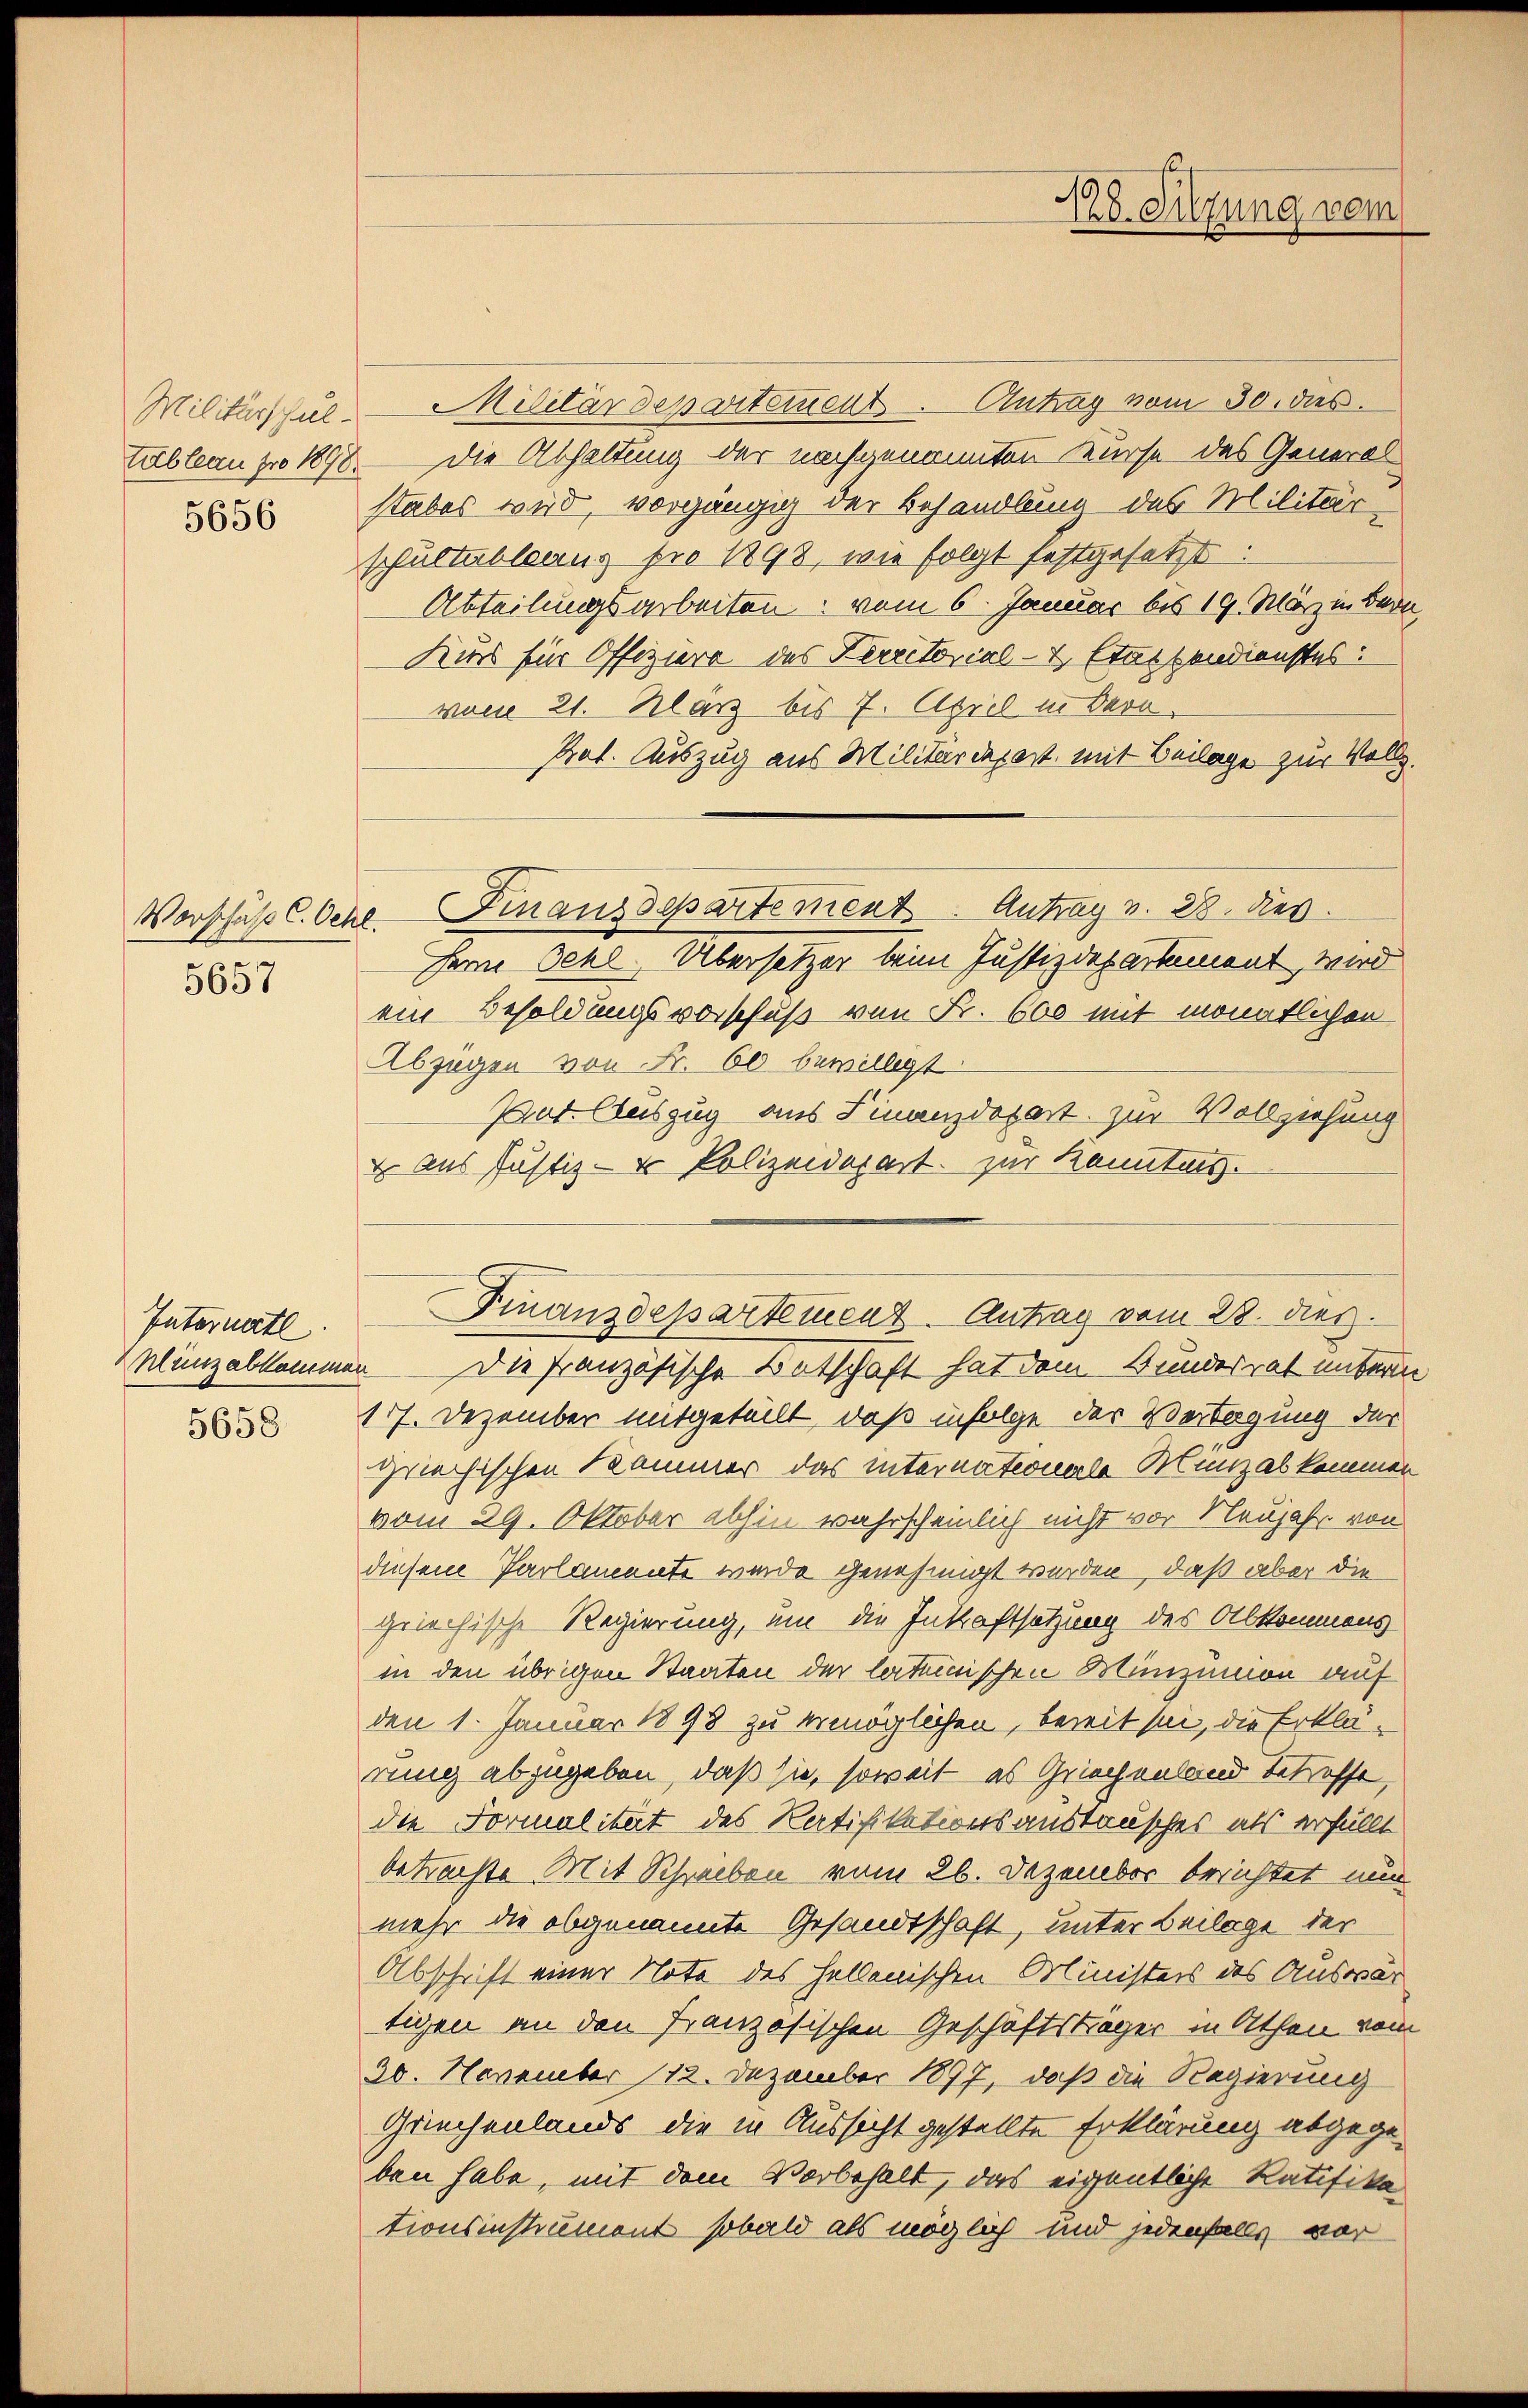
Militärschul-

5656

5657

Internatl

5658

Militärdepartement. Antrag vom 30. dies
Tableau pro 1898. Die Abhaltung der nachgenannten Kurse des General
stabes wird, vorgängig der Behandlung des Militär
pfultableaus pro 1898, wie folgt festgesetzt:
Abteilungsarbeiten vom 6. Januar bis 19. März in Bern,
Kurs für Offiziere des Verritorial- & Stattendienstes:
vom 21. März bis 7. April in Bevo
Pot. Auszug aus Militärdepart mit Beilage zur Vollz.
Seine Oehl, Übersetzer beim Justizdepartement, wird
ein Besoldungsvorschuß von Fr. 600 mit monatlichen
Abzügen von Fr. 60 bewilligt.
Pat. Auszug aus Finanzdepart. zur Vollziehung
 aus Justiz- & Polizeidepart zur Kenntnis.
Münzabkommen Die französische Entschaft hat dem Bundesrat unterm
177. Dezember mitgeteilt, daß infolge der Vertagung der
griechischen Kammer das internationale Munzalkommen
vom 29. Oktober abhin wahrscheinlich nicht vor Neujahr von
diesem Parlamente wurde genehmigt werden, daß aber die
griechische Regierung, um die Inkraftsetzung des Abkommens
in den übrigen Staaten der lateinischen Münzunion auf
den 1. Januar 1893 zu ermöglichen, bereit sei, die Erklärung abzugeben, daß sie, soweit es Griechenland betreffe,
die Formalität des Ratifikationsanstausches als erfüllt
betrachte Mit Schreiben vom 26. Dezember berichtet nun
mehr die obgenannte Gesandtschaft, unter Beilage der
Abschrift einer Note des hellenischen Ministers des Auswär
tigen an den Französischen Geschäftsträger in Athen vom
20. November 112. Dezember 1897, daß die Regierung
Griechenlands die in Aussicht gestellte Erklärung abgegeben habe, mit dem Vorbehalt, das eigentliche Ratifika
tionsinstrument sobald als möglich und jedenfalls vor-

Vorschuß C. Oche. Finanzdepartement. Antrag v. 28. Rev

198
10. Sitzung vom

Finanzdepartement. Antrag vom 28. dies